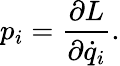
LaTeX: p_{i}={\frac{\partial L}{\partial{\dot{q}}_{i}}}.